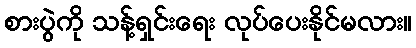
စားပွဲကို သန့်ရှင်းရေး လုပ်ပေးနိုင်မလား။